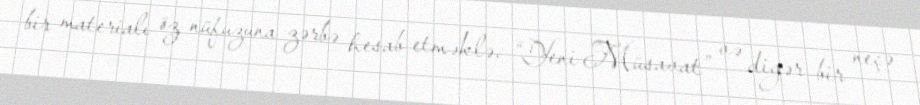
bir materialı öz nüfuzuna zərbə hesab etməklə, “Yeni Müsavat” və digər bir neçə